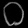
Digit: ၀